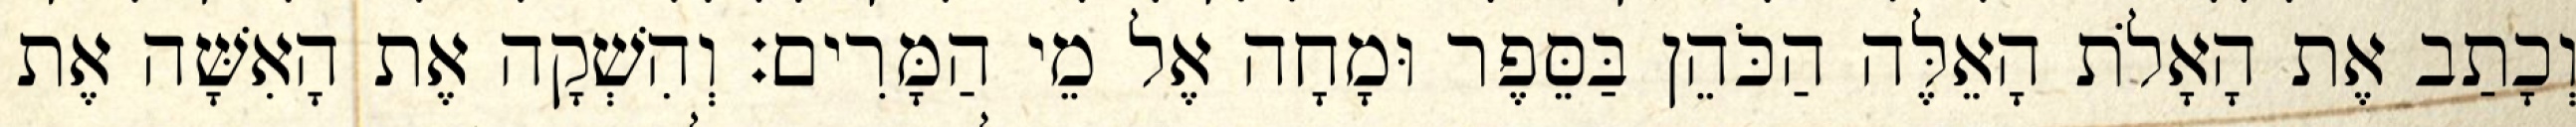
וְכָתַב אֶת הָאָלֹת הָאֵלֶּה הַכֹּהֵן בַּסֵּפֶר וּמָחָה אֶל מֵי הַמָּרִים׃ וְהִשְׁקָה אֶת הָאִשָּׁה אֶת